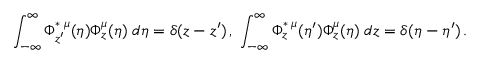
\int _ { - \infty } ^ { \infty } \Phi _ { z ^ { \prime } } ^ { \ast \; \mu } ( \eta ) \Phi _ { z } ^ { \mu } ( \eta ) \; d \eta = \delta ( z - z ^ { \prime } ) \, , \; \int _ { - \infty } ^ { \infty } \Phi _ { z } ^ { \ast \; \mu } ( \eta ^ { \prime } ) \Phi _ { z } ^ { \mu } ( \eta ) \; d z = \delta ( \eta - \eta ^ { \prime } ) \, .